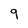
Character: 9